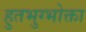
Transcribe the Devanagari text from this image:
हुतभुग्भोक्ता